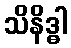
သိနိဒ္ဓါ